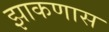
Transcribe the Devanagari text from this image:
झाकणास